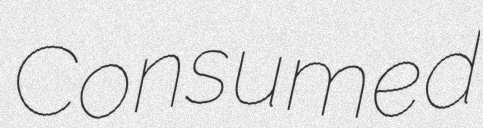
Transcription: Consumed